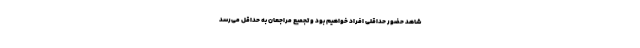
شاهد حضور حداقلی افراد خواهیم بود و تجمیع مراجعان به حداقل می‌رسد